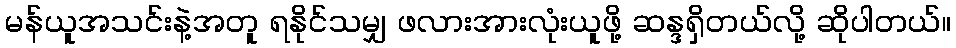
မန်ယူအသင်းနဲ့အတူ ရနိုင်သမျှ ဖလားအားလုံးယူဖို့ ဆန္ဒရှိတယ်လို့ ဆိုပါတယ်။